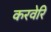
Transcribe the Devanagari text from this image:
करवेरि